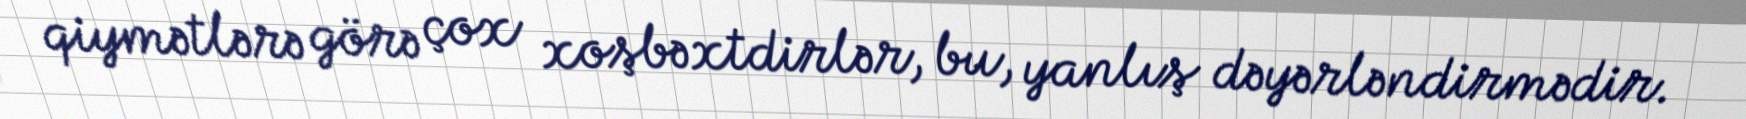
qiymətlərə görə çox xoşbəxtdirlər, bu, yanlış dəyərləndirmədir.